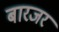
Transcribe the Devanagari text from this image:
बारजर